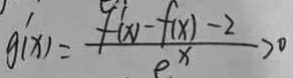
g ^ { \prime } ( x ) = \frac { f ^ { \prime } ( x ) - f ( x ) - 2 } { e ^ { x } } > 0